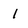
Character: I